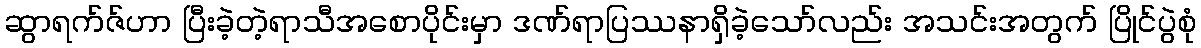
ဆွာရက်ဇ်ဟာ ပြီးခဲ့တဲ့ရာသီအစောပိုင်းမှာ ဒဏ်ရာပြဿနာရှိခဲ့သော်လည်း အသင်းအတွက် ပြိုင်ပွဲစုံ